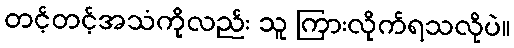
တင့်တင့်အသံကိုလည်း သူ ကြားလိုက်ရသလိုပဲ။